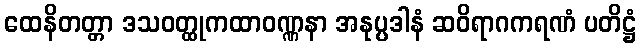
ထေနိတတ္တာ ဒသဝတ္ထုကထာဝဏ္ဏနာ အနုပ္ပဒါနံ ဆဝိရာဂကရဏံ ပတိဋ္ဌံ